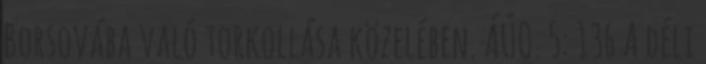
Borsovába való torkollása közelében. ÁÚO. 5: 136 A déli